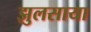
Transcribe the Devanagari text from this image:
झुलसाया